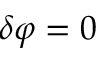
\delta \varphi = 0